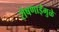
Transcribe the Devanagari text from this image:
रोषणाईमुळे